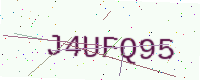
Text: J4UFQ95